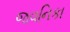
જવનિકા